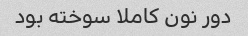
دور نون کاملا سوخته بود